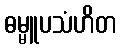
ဓမ္မူပသံဟိတ